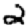
Digit: 2